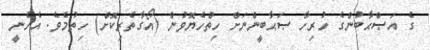
ގެ އަޞްޙާބުންގެ ހުރިހާ ޞަޙާބީންނަށް ހިތްހެޔޮވުން (އޯގާތެރިކޮށް) ހިތުމެވެ. އެހެނީ